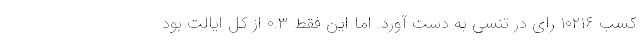
کسب ۱۰۲۱۶ رای در تنسی به دست آورد. اما این فقط ۰.۳ از کل ایالت بود